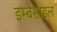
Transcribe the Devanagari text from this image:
इम्बेसाइल